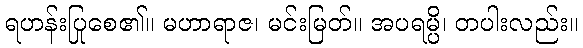
ရဟန်းပြုစေ၏။ မဟာရာဇ၊ မင်းမြတ်။ အပရမ္ပိ၊ တပါးလည်း။